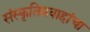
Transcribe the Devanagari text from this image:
संस्कृतिप्रवाहांचा